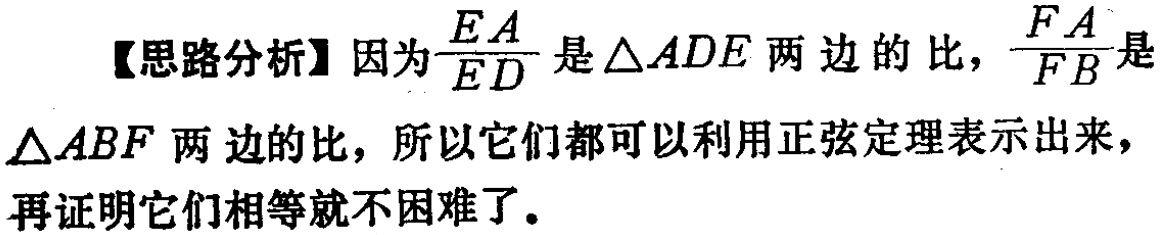
【思路分析】因为$\frac{EA}{ED}$是$\triangle ADE$两边的比，$\frac{FA}{FB}$是
$\triangle ABF$两边的比，所以它们都可以利用正弦定理表示出来，
再证明它们相等就不困难了。